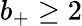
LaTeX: b_{+}\geq 2